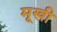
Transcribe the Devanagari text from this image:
मूखी